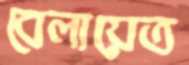
বেলায়েত